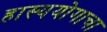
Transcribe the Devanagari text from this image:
हास्ययोगाचा